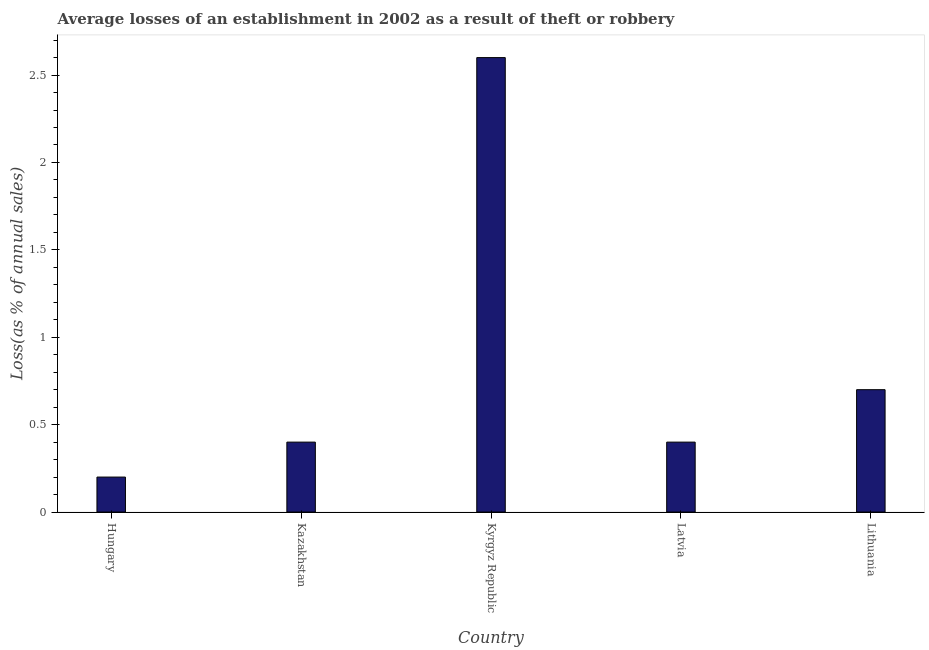
| Country | Losses due to theft |
 | --- | --- |
 | Hungary | 0.2 |
 | Kazakhstan | 0.4 |
 | Kyrgyz Republic | 2.6 |
 | Latvia | 0.4 |
 | Lithuania | 0.7 |